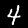
Label: 4